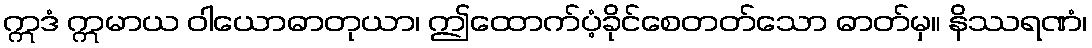
ဣဒံ ဣမာယ ဝါယောဓာတုယာ၊ ဤထောက်ပံ့ခိုင်စေတတ်သော ဓာတ်မှ။ နိဿရဏံ၊